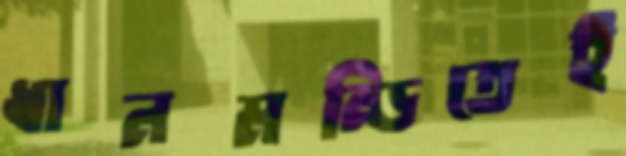
ধানমন্ডিতেই